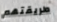
طريقتهم